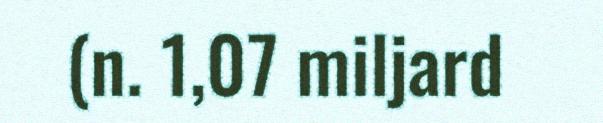
(n. 1,07 miljard